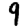
Digit: 9